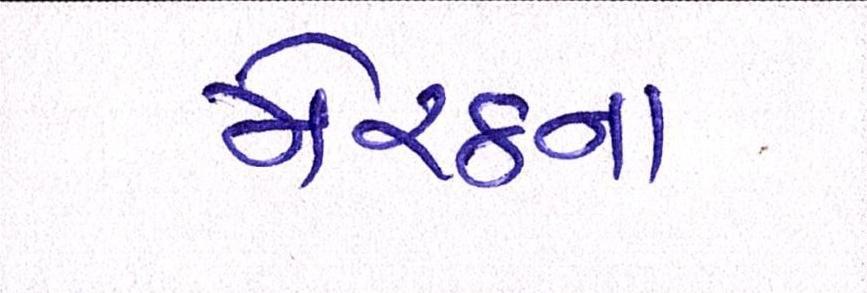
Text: મેરઠનાં